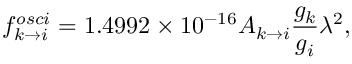
f _ { k \rightarrow i } ^ { o s c i } = 1 . 4 9 9 2 \times 1 0 ^ { - 1 6 } A _ { k \rightarrow i } \frac { g _ { k } } { g _ { i } } \lambda ^ { 2 } ,